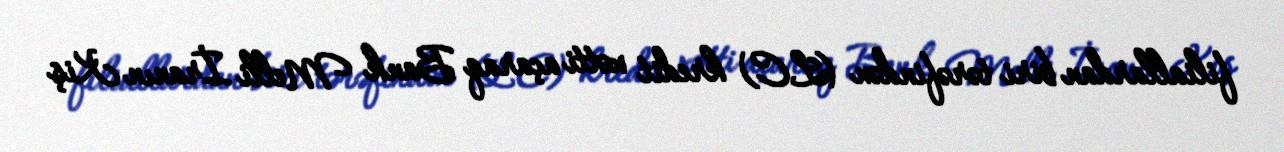
filiallardan biri tərəfindən (LC) kredit xətti açaraq Bank Melli İranın Kiş